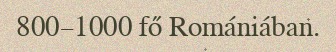
800–1000 fő Romániában.